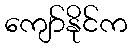
ကျော်နိုင်က